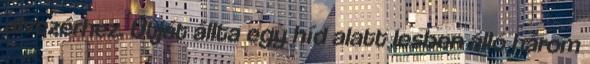
alvezérhez. Útját állta egy híd alatt lesben álló három